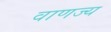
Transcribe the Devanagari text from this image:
वाणज्य